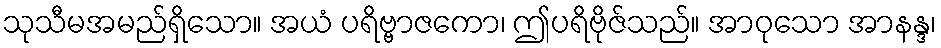
သုသီမအမည်ရှိသော။ အယံ ပရိဗ္ဗာဇကော၊ ဤပရိဗိုဇ်သည်။ အာဝုသော အာနန္ဒ၊